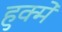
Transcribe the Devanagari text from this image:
हुक्में